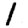
Digit: 1